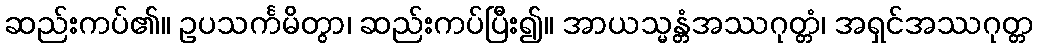
ဆည်းကပ်၏။ ဥပသင်္ကမိတွာ၊ ဆည်းကပ်ပြီး၍။ အာယသ္မန္တံအဿဂုတ္တံ၊ အရှင်အဿဂုတ္တ